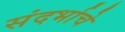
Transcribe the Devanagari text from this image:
संदर्भाचे